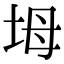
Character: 坶